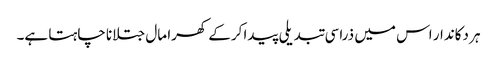
ہر دکاندار اس میں ذراسی تبدیلی پیدا کرکے کھرا مال جتلانا چاہتا ہے۔